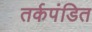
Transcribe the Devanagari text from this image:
तर्कपंडित